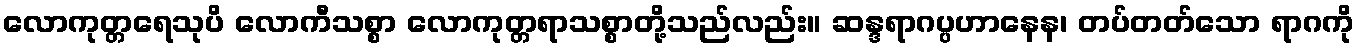
လောကုတ္တရေသုပိ လောကီသစ္စာ လောကုတ္တရာသစ္စာတို့သည်လည်း။ ဆန္ဒရာဂပ္ပဟာနေန၊ တပ်တတ်သော ရာဂကို